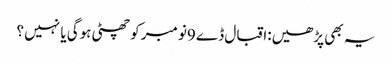
یہ بھی پڑھیں:اقبال ڈے 9نومبر کو چھٹی ہوگی یا نہیں ؟